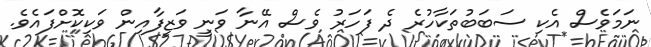
ނަމަވެސް އެކި ސަބަބުތަކާހުރެ ދެ ފަހަރު ވެސް އޭނާ ވަނީ ވަޒީފާއިން ވަކިކޮށްފައެވެ.